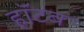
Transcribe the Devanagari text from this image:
हॉटब